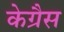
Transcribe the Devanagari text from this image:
केग्रैस